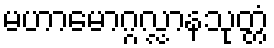
မဟာမောဂ္ဂလ္လာနသုတ္တံ